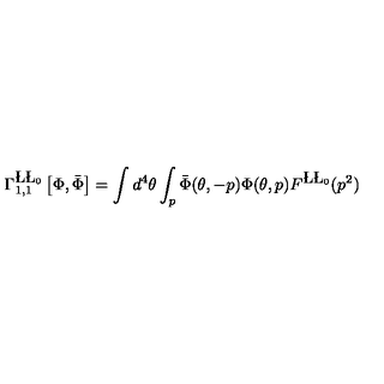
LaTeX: \Gamma _ { 1 , 1 } ^ { \L \L _ { 0 } } \left[ \Phi , \bar { \Phi } \right] = \int d ^ { 4 } \theta \int _ { p } \bar { \Phi } ( \theta , - p ) \Phi ( \theta , p ) F ^ { \L \L _ { 0 } } ( p ^ { 2 } )